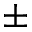
\pm